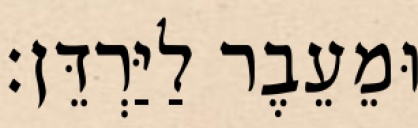
וּמֵעֵבֶר לַיַּרְדֵּן׃